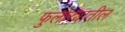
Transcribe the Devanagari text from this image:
फुलोऱ्यातील